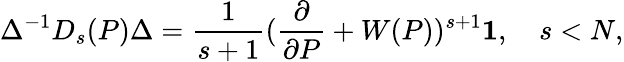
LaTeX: \Delta^{-1}D_{s}(P)\Delta=\frac{1}{s+1}(\frac{\partial}{\partial P}+W(P))^{s+1}{\mathbf 1},\quad s<N,